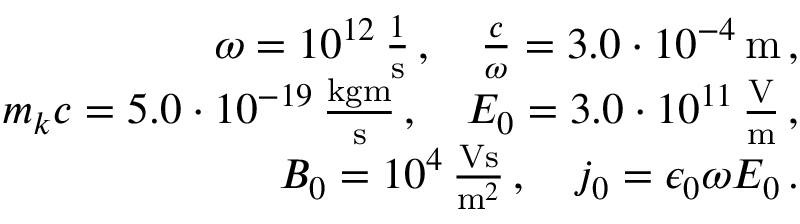
\begin{array} { r l r } & { } & { \omega = 1 0 ^ { 1 2 } \, \frac { 1 } { \mathrm { s } } \, , \quad \frac { c } { \omega } = 3 . 0 \cdot 1 0 ^ { - 4 } \, \mathrm { m } \, , } \\ & { } & { m _ { k } c = 5 . 0 \cdot 1 0 ^ { - 1 9 } \, \frac { \mathrm { k g m } } { \mathrm { s } } \, , \quad E _ { 0 } = 3 . 0 \cdot 1 0 ^ { 1 1 } \, \frac { \mathrm { V } } { \mathrm { m } } \, , } \\ & { } & { B _ { 0 } = 1 0 ^ { 4 } \, \frac { \mathrm { V s } } { \mathrm { m } ^ { 2 } } \, , \quad j _ { 0 } = \epsilon _ { 0 } \omega E _ { 0 } \, . } \end{array}